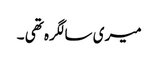
میری سالگرہ تھی ۔